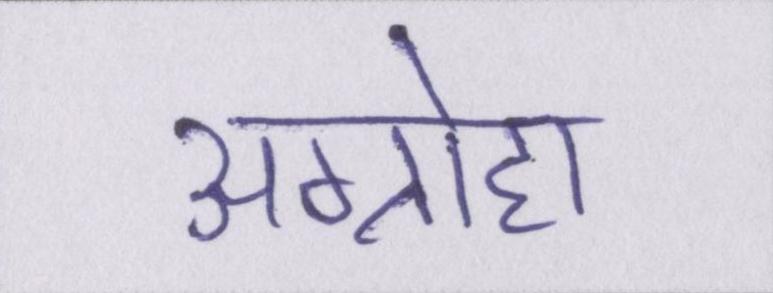
अग्रोहा